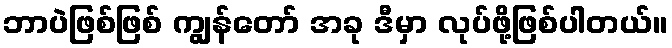
ဘာပဲဖြစ်ဖြစ် ကျွန်တော် အခု ဒီမှာ လုပ်ဖို့ဖြစ်ပါတယ်။